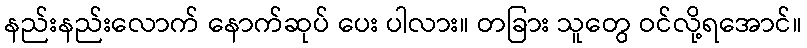
နည်းနည်းလောက် နောက်ဆုပ် ပေး ပါလား။ တခြား သူတွေ ဝင်လို့ရအောင်။